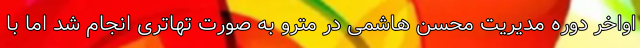
اواخر دوره مدیریت محسن هاشمی در مترو به صورت تهاتری انجام شد اما با